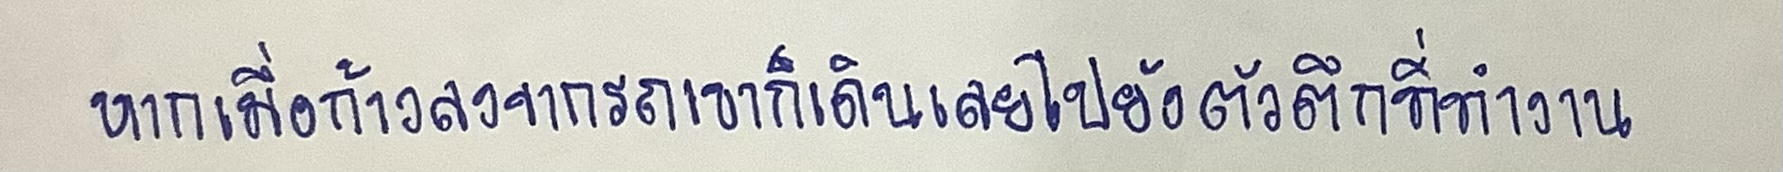
หากเมื่อก้าวลงจากรถเขาก็เดินเลยไปยังตัวตึกที่ทำงาน